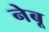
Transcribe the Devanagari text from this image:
नेबू